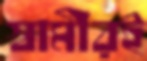
স্বামীরই